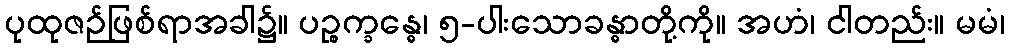
ပုထုဇဉ်ဖြစ်ရာအခါ၌။ ပဉ္စက္ခန္ဓေ၊ ၅-ပါးသောခန္ဓာတို့ကို။ အဟံ၊ ငါတည်း။ မမံ၊